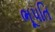
ભૂપતિ